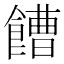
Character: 𩞄